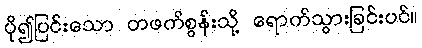
ပို၍ပြင်းသော တဖက်စွန်းသို့ ရောက်သွားခြင်းပင်။